Annual statistical returns and brief notes on vaccination in Bengal - 1896-1909
Year: 1896
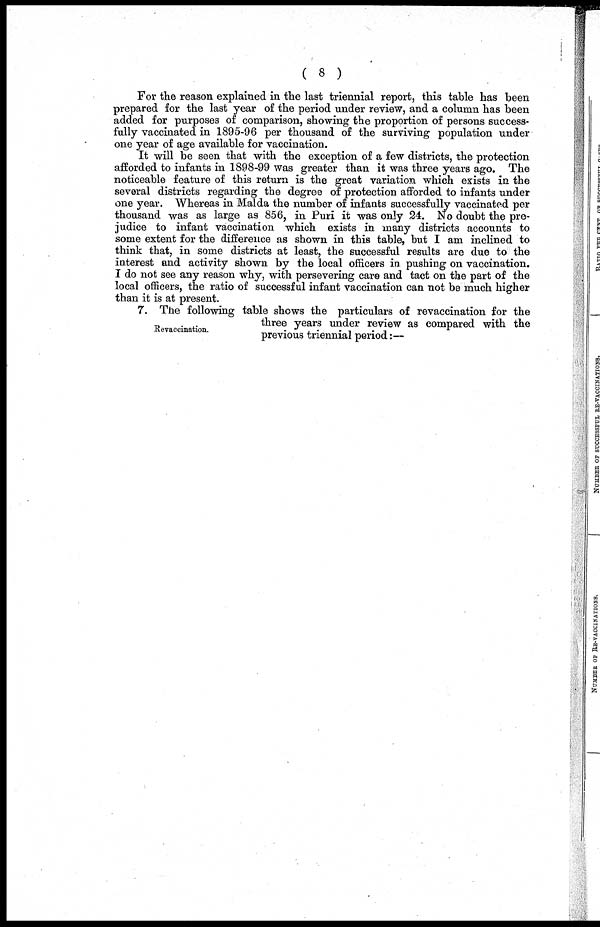
( 8 )
For the reason explained in the last triennial report, this table has been
prepared for the last year of the period under review, and a column has been
added for purposes of comparison, showing the proportion of persons success-
fully vaccinated in 1895-96 per thousand of the surviving population under
one year of age available for vaccination.
It will be seen that with the exception of a few districts, the protection
afforded to infants in 1898-99 was greater than it was three years ago. The
noticeable feature of this return is the great variation which exists in the
several districts regarding the degree of protection afforded to infants under
one year. Whereas in Malda the number of infants successfully vaccinated per
thousand was as large as 856, in Puri it was only 24. No doubt the pre-
judice to infant vaccination which exists in many districts accounts to
some extent for the difference as shown in this table, but I am inclined to
think that, in some districts at least, the successful results are due to the
interest and activity shown by the local officers in pushing on vaccination.
I do not see any reason why, with persevering care and tact on the part of the
local officers, the ratio of successful infant vaccination can not be much higher
than it is at present.
Revaccination.
7. The following table shows the particulars of revaccination for the
three years under review as compared with the
previous triennial period:—